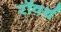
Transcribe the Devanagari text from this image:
रॉवर्थ